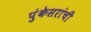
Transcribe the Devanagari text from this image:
पुंकेसरांची